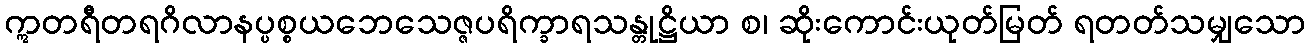
ဣတရီတရဂိလာနပ္ပစ္စယဘေသေဇ္ဇပရိက္ခာရသန္တုဋ္ဌိယာ စ၊ ဆိုးကောင်းယုတ်မြတ် ရတတ်သမျှသော